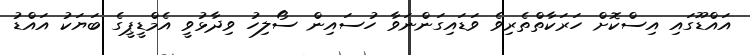
އައްޑޫގައި އިސްކޮށް ހަރަކާތްތެރިވެ ވަޑައިގަންނަވާ ހުސައިން ސޯލިހު ވިދާޅުވީ އެމްޑީޕީގެ ބަޔަކު އައްޑު